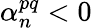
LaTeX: \alpha_{n}^{pq}<0